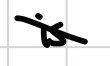
Text: is
Cross-out: diagonal
Writing tool: digital_black